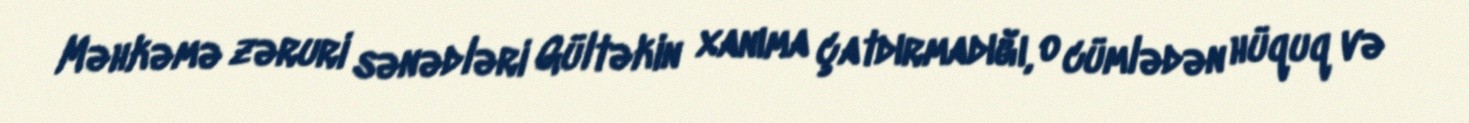
Məhkəmə zəruri sənədləri Gültəkin xanıma çatdırmadığı, o cümlədən hüquq və